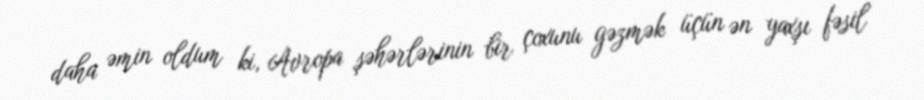
daha əmin oldum ki, Avropa şəhərlərinin bir çoxunu gəzmək üçün ən yaxşı fəsil